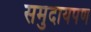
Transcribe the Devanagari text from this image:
समुदायपण